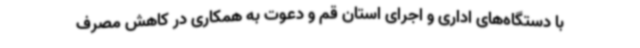
با دستگاه‌های اداری و اجرای استان قم و دعوت به همکاری در کاهش مصرف